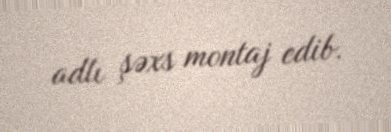
adlı şəxs montaj edib.